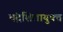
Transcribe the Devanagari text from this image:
चंद्रशिलायुक्त